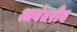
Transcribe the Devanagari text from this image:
आर्येतरीय